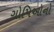
ગોપિઓનો